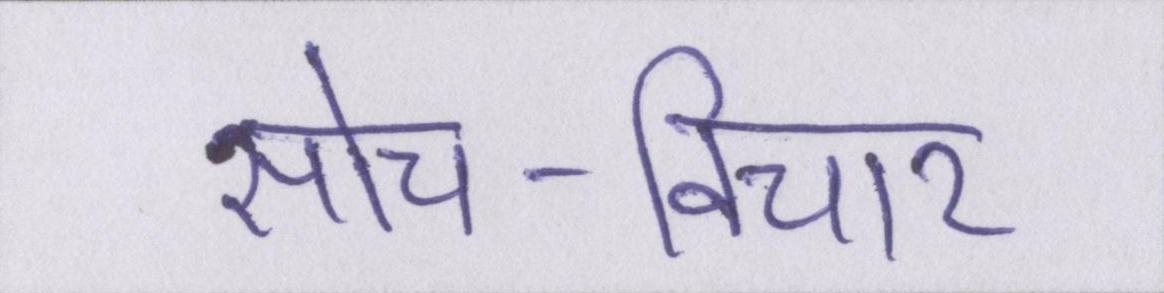
सोच-विचार